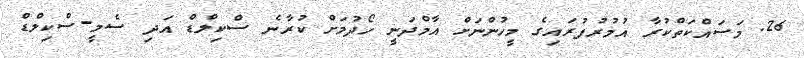
26. މަސައްކަތްކުރާ އުމުރުފުރައިގެ މީހުންނަށް އާމްދަނީ ހޯދުމަށް ކުރާނެ ސްކިލްޑް އަދި ސެމީ-ސްކިލްޑް